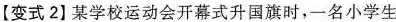
【变式2】某学校运动会开幕式升国旗时，一名小学生